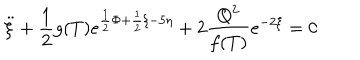
\ddot { \xi } + \frac { 1 } { 2 } g ( T ) e ^ { \frac { 1 } { 2 } \Phi + \frac { 1 } { 2 } \xi - 5 \eta } + 2 \frac { Q ^ { 2 } } { f ( T ) } e ^ { - 2 \xi } = 0